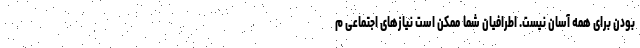
بودن برای همه آسان نیست. اطرافیان شما ممکن است نیاز‌های اجتماعی م